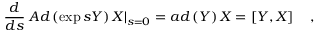
\frac d { d s } \left. A d \left( \exp s Y \right) X \right| _ { s = 0 } = a d \left( Y \right) X = \left[ Y , X \right] \quad ,